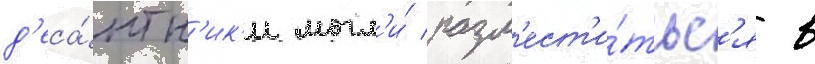
д'еса́нтн'ик'и могл'и́ разм'ест'и́тьс'я в